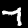
Digit: 7